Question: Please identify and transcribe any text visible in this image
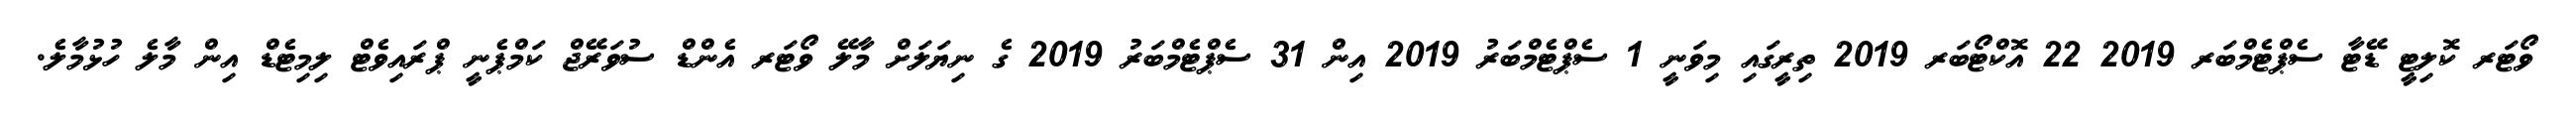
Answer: ވޯޓަރ ކޮލިޓީ ޑޭޓާ ސެޕްޓެމްބަރ 2019 22 އޮކްޓޯބަރ 2019 ތިރީގައި މިވަނީ 1 ސެޕްޓެމްބަރު 2019 އިން 31 ސެޕްޓެމްބަރު 2019 ގެ ނިޔަލަށް މާލޭ ވޯޓަރ އެންޑް ސުވަރޭޖް ކަމްޕެނީ ޕްރައިވެޓް ލިމިޓެޑް އިން މާލެ ހުޅުމާލެ.